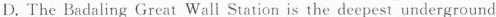
D. The Badaling Great Wall Station is the deepest underground